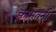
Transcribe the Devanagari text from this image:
कामतनी